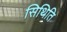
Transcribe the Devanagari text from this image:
सिथिति